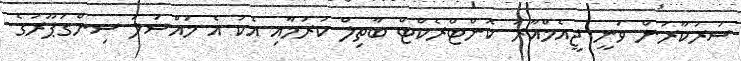
ސަރުކާރުން ވަނީ ޖީއެމްއާރު ކޮންޓްރެކްޓް ބާތިލް ކުރުމާއި އެކު އެ މައްސަލަ ސިންގަޕޫރުގެ